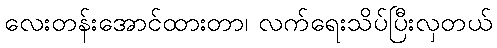
လေးတန်းအောင်ထားတာ၊ လက်ရေးသိပ်ပြီးလှတယ်